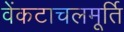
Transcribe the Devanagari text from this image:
वेंकटाचलमूर्ति